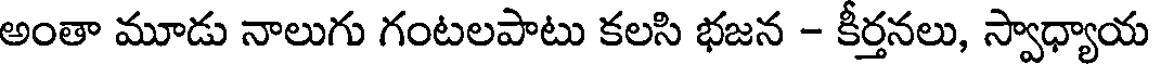
అంతా మూడు నాలుగు గంటలపాటు కలసి భజన - కీర్తనలు, స్వాధ్యాయ